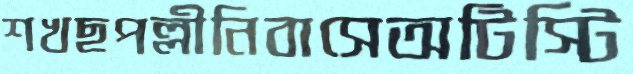
শখছপল্লীনিবাসেঅটিস্টি